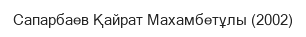
Сапарбаев Қайрат Махамбетұлы (2002)